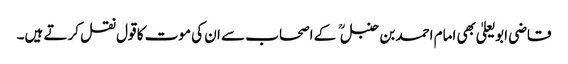
قاضی ابو یعلیٰ بھی امام احمد بن حنبل کے اصحاب سے ان کی موت کا قول نقل کرتے ہیں۔